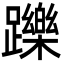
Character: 躒